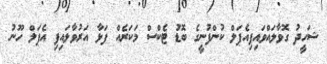
ޝަހީދު ގޮވާލައްވައިފިއެޕަލް ކުންފުނީގެ ބޮޑު ޓެކްސް މަކަރެއް ފަޅާ އަރުވާލައިފި އެޕަލް ހޫނު